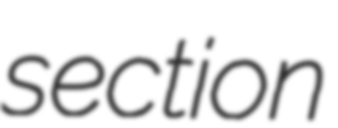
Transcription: section